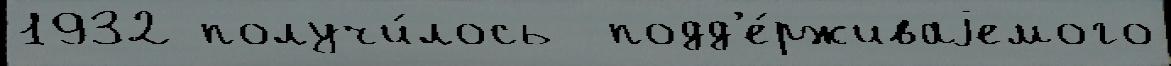
1932 получи́лось  подд'е́рживаjемого